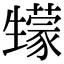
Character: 𤯻